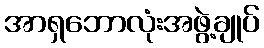
အာရှဘောလုံးအဖွဲ့ချုပ်